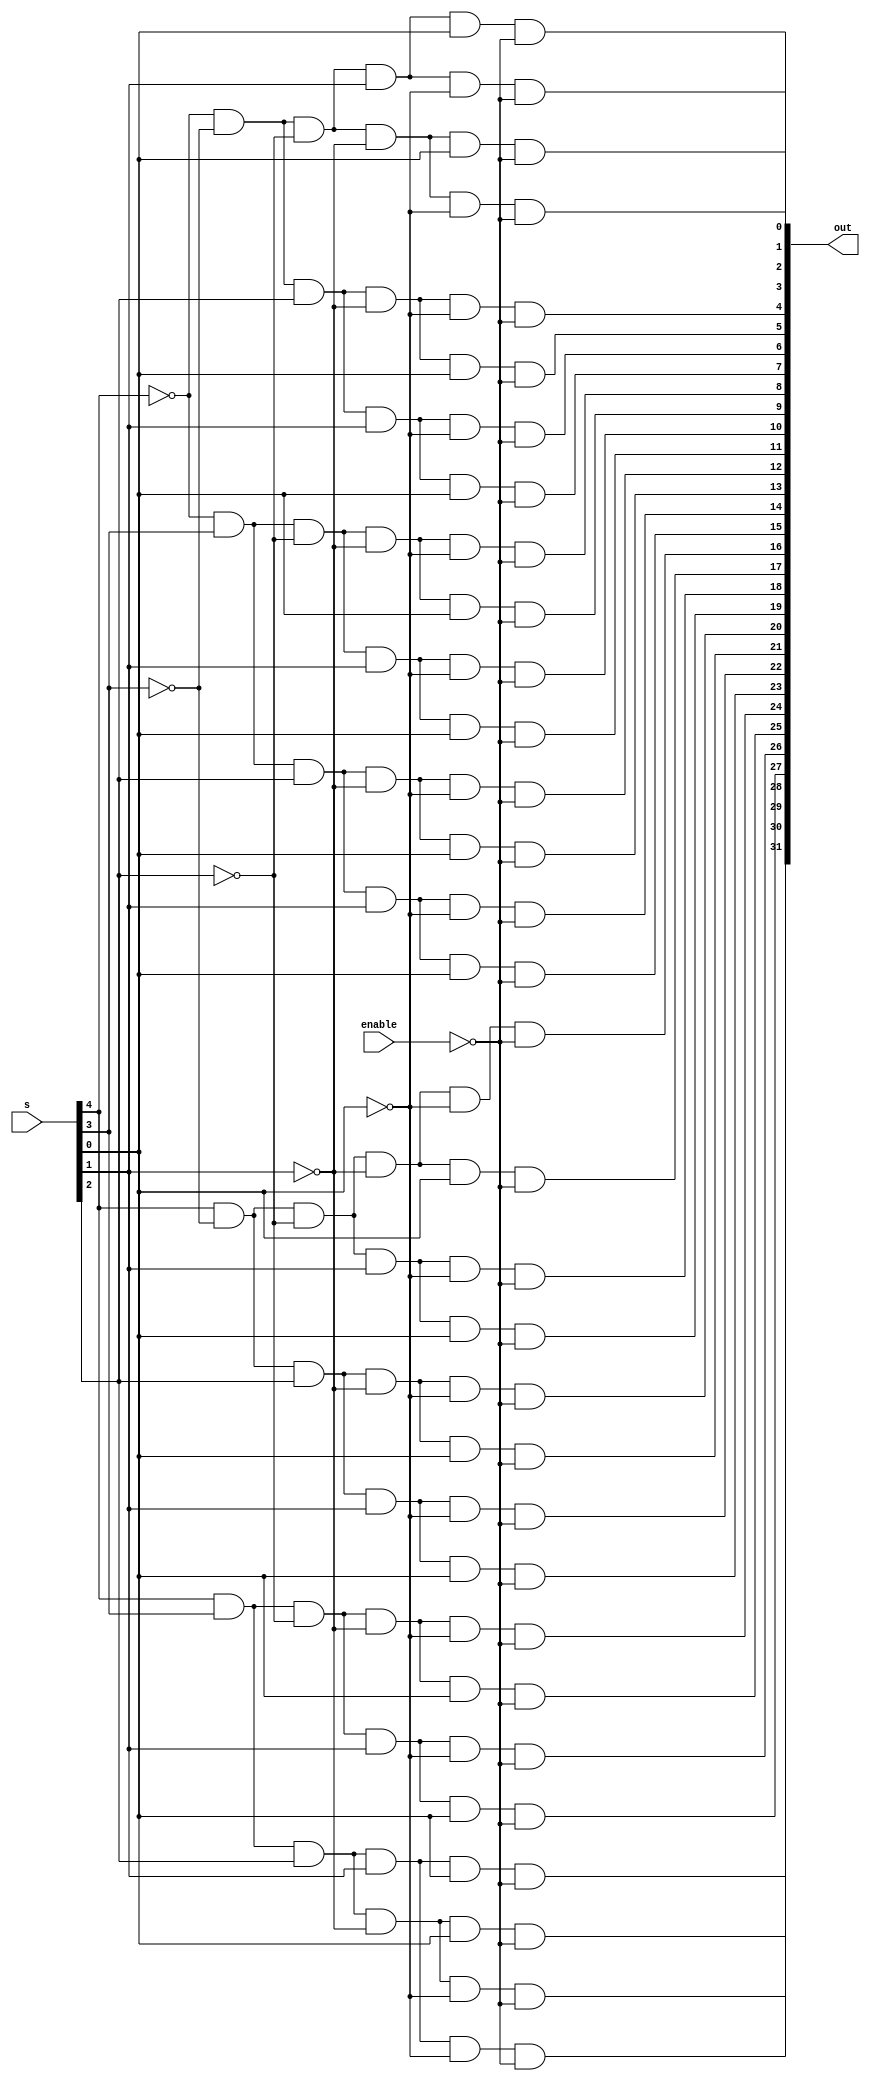
// Design a 1 to 32 DEMUX with active low enable.

module demux_1to32(output [31:0] out,
                   input [4:0] s,
                   input enable);
assign out[31] =   s[4]  &   s[3]  &   s[2]  &   s[1]  &   s[0]  & (~enable);
assign out[30] =   s[4]  &   s[3]  &   s[2]  &   s[1]  & (~s[0]) & (~enable);
assign out[29] =   s[4]  &   s[3]  &   s[2]  & (~s[1]) &   s[0]  & (~enable);
assign out[28] =   s[4]  &   s[3]  &   s[2]  & (~s[1]) & (~s[0]) & (~enable);
assign out[27] =   s[4]  &   s[3]  & (~s[2]) &   s[1]  &   s[0]  & (~enable);
assign out[26] =   s[4]  &   s[3]  & (~s[2]) &   s[1]  & (~s[0]) & (~enable);
assign out[25] =   s[4]  &   s[3]  & (~s[2]) & (~s[1]) &   s[0]  & (~enable);
assign out[24] =   s[4]  &   s[3]  & (~s[2]) & (~s[1]) & (~s[0]) & (~enable);
assign out[23] =   s[4]  & (~s[3]) &   s[2]  &   s[1]  &   s[0]  & (~enable);
assign out[22] =   s[4]  & (~s[3]) &   s[2]  &   s[1]  & (~s[0]) & (~enable);
assign out[21] =   s[4]  & (~s[3]) &   s[2]  & (~s[1]) &   s[0]  & (~enable);
assign out[20] =   s[4]  & (~s[3]) &   s[2]  & (~s[1]) & (~s[0]) & (~enable);
assign out[19] =   s[4]  & (~s[3]) & (~s[2]) &   s[1]  &   s[0]  & (~enable);
assign out[18] =   s[4]  & (~s[3]) & (~s[2]) &   s[1]  & (~s[0]) & (~enable);
assign out[17] =   s[4]  & (~s[3]) & (~s[2]) & (~s[1]) &   s[0]  & (~enable);
assign out[16] =   s[4]  & (~s[3]) & (~s[2]) & (~s[1]) & (~s[0]) & (~enable);
assign out[15] = (~s[4]) &   s[3]  &   s[2]  &   s[1]  &   s[0]  & (~enable);
assign out[14] = (~s[4]) &   s[3]  &   s[2]  &   s[1]  & (~s[0]) & (~enable);
assign out[13] = (~s[4]) &   s[3]  &   s[2]  & (~s[1]) &   s[0]  & (~enable);
assign out[12] = (~s[4]) &   s[3]  &   s[2]  & (~s[1]) & (~s[0]) & (~enable);
assign out[11] = (~s[4]) &   s[3]  & (~s[2]) &   s[1]  &   s[0]  & (~enable);
assign out[10] = (~s[4]) &   s[3]  & (~s[2]) &   s[1]  & (~s[0]) & (~enable);
assign out[9] =  (~s[4]) &   s[3]  & (~s[2]) & (~s[1]) &   s[0]  & (~enable);
assign out[8] =  (~s[4]) &   s[3]  & (~s[2]) & (~s[1]) & (~s[0]) & (~enable);
assign out[7] =  (~s[4]) & (~s[3]) &   s[2]  &   s[1]  &   s[0]  & (~enable);
assign out[6] =  (~s[4]) & (~s[3]) &   s[2]  &   s[1]  & (~s[0]) & (~enable);
assign out[5] =  (~s[4]) & (~s[3]) &   s[2]  & (~s[1]) &   s[0]  & (~enable);
assign out[4] =  (~s[4]) & (~s[3]) &   s[2]  & (~s[1]) & (~s[0]) & (~enable);
assign out[3] =  (~s[4]) & (~s[3]) & (~s[2]) &   s[1]  &   s[0]  & (~enable);
assign out[2] =  (~s[4]) & (~s[3]) & (~s[2]) &   s[1]  & (~s[0]) & (~enable);
assign out[1] =  (~s[4]) & (~s[3]) & (~s[2]) & (~s[1]) &   s[0]  & (~enable);
assign out[0] =  (~s[4]) & (~s[3]) & (~s[2]) & (~s[1]) & (~s[0]) & (~enable);

endmodule